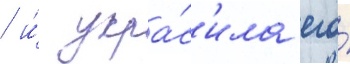
/ и́ укра́с'ила его́